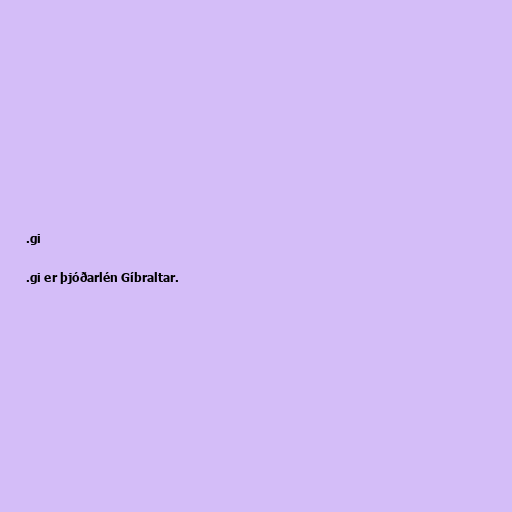
.gi

.gi er þjóðarlén Gíbraltar.